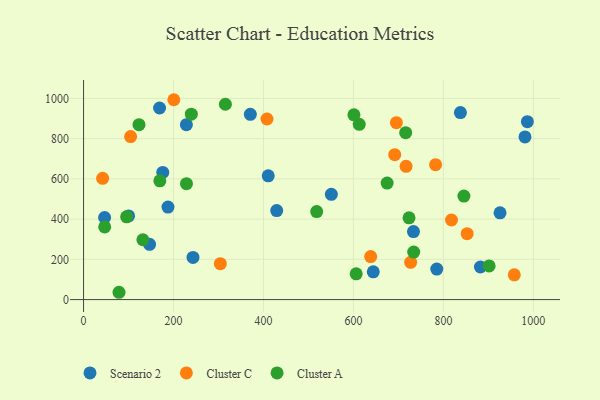
{"axis": {"x": "Ad Spend", "y": "Profit"}, "legend": ["Cluster A", "Cluster C", "Scenario 2"], "data": [{"x": "981.4", "y": 808.7, "type": "Scenario 2"}, {"x": "187.7", "y": 460.0, "type": "Scenario 2"}, {"x": "550.9", "y": 523.1, "type": "Scenario 2"}, {"x": "986.7", "y": 884.3, "type": "Scenario 2"}, {"x": "410.6", "y": 615.3, "type": "Scenario 2"}, {"x": "925.9", "y": 431.5, "type": "Scenario 2"}, {"x": "100.1", "y": 415.8, "type": "Scenario 2"}, {"x": "169.0", "y": 952.3, "type": "Scenario 2"}, {"x": "785.3", "y": 151.6, "type": "Scenario 2"}, {"x": "243.3", "y": 209.3, "type": "Scenario 2"}, {"x": "837.8", "y": 929.7, "type": "Scenario 2"}, {"x": "370.8", "y": 920.8, "type": "Scenario 2"}, {"x": "176.1", "y": 632.2, "type": "Scenario 2"}, {"x": "46.8", "y": 408.0, "type": "Scenario 2"}, {"x": "429.4", "y": 442.3, "type": "Scenario 2"}, {"x": "733.5", "y": 338.2, "type": "Scenario 2"}, {"x": "228.6", "y": 869.6, "type": "Scenario 2"}, {"x": "146.8", "y": 274.9, "type": "Scenario 2"}, {"x": "644.1", "y": 138.2, "type": "Scenario 2"}, {"x": "882.3", "y": 161.9, "type": "Scenario 2"}, {"x": "407.8", "y": 897.8, "type": "Cluster C"}, {"x": "104.6", "y": 810.5, "type": "Cluster C"}, {"x": "727.2", "y": 185.4, "type": "Cluster C"}, {"x": "200.7", "y": 993.5, "type": "Cluster C"}, {"x": "42.4", "y": 602.8, "type": "Cluster C"}, {"x": "717.0", "y": 662.4, "type": "Cluster C"}, {"x": "782.6", "y": 670.4, "type": "Cluster C"}, {"x": "691.8", "y": 720.5, "type": "Cluster C"}, {"x": "957.6", "y": 123.0, "type": "Cluster C"}, {"x": "695.5", "y": 879.3, "type": "Cluster C"}, {"x": "852.8", "y": 327.4, "type": "Cluster C"}, {"x": "304.1", "y": 178.5, "type": "Cluster C"}, {"x": "818.0", "y": 395.5, "type": "Cluster C"}, {"x": "638.3", "y": 214.0, "type": "Cluster C"}, {"x": "716.1", "y": 829.6, "type": "Cluster A"}, {"x": "601.1", "y": 918.6, "type": "Cluster A"}, {"x": "131.9", "y": 297.5, "type": "Cluster A"}, {"x": "47.0", "y": 361.1, "type": "Cluster A"}, {"x": "315.3", "y": 971.1, "type": "Cluster A"}, {"x": "845.6", "y": 514.5, "type": "Cluster A"}, {"x": "123.2", "y": 869.6, "type": "Cluster A"}, {"x": "723.6", "y": 406.5, "type": "Cluster A"}, {"x": "606.1", "y": 128.1, "type": "Cluster A"}, {"x": "78.8", "y": 36.3, "type": "Cluster A"}, {"x": "95.8", "y": 411.2, "type": "Cluster A"}, {"x": "228.8", "y": 576.4, "type": "Cluster A"}, {"x": "239.6", "y": 921.6, "type": "Cluster A"}, {"x": "734.0", "y": 236.3, "type": "Cluster A"}, {"x": "169.6", "y": 590.1, "type": "Cluster A"}, {"x": "518.3", "y": 437.3, "type": "Cluster A"}, {"x": "612.9", "y": 871.4, "type": "Cluster A"}, {"x": "901.7", "y": 167.3, "type": "Cluster A"}, {"x": "674.9", "y": 579.1, "type": "Cluster A"}]}